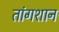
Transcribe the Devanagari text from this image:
तांगशान